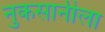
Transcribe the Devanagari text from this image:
नुकसानीला